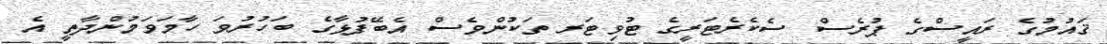
ޤައުމުގެ ރައީސްގެ ޕުރެސް ސެކެރެޓަރީގެ ޓުވިޓަރ ތަކުންވެސް އެބޭފުޅާގެ ބަހުރުވަ ހާމަވަމުންދާތީ އެ